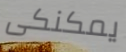
يمكنكى